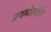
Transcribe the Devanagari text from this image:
प्रथमोत्पत्ति